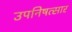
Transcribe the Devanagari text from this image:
उपनिषत्सार